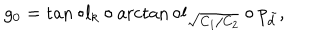
LaTeX: g _ { 0 } = \tan \circ l _ { k } \circ \operatorname { a r c t a n } \circ l _ { \sqrt { C _ { 1 } / C _ { 2 } } } \circ p _ { \tilde { d } } ,